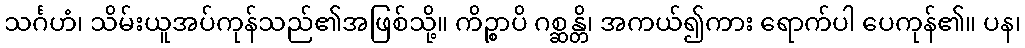
သင်္ဂဟံ၊ သိမ်းယူအပ်ကုန်သည်၏အဖြစ်သို့။ ကိဉ္စာပိ ဂစ္ဆန္တိ၊ အကယ်၍ကား ရောက်ပါ ပေကုန်၏။ ပန၊